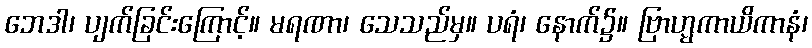
ဘေဒါ၊ ပျက်ခြင်းကြောင့်။ မရဏာ၊ သေသည်မှ။ ပရံ၊ နောက်၌။ ဗြာဟ္မကာယိကာနံ၊